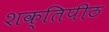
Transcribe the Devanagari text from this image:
शक्‍तिपीठ